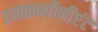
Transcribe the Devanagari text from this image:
इनकन्वीनीएंट